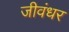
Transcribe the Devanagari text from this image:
जीवंधर